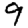
Digit: 9